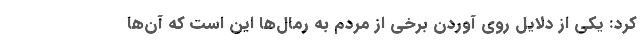
کرد: یکی از دلایل روی آوردن برخی از مردم به رمال‌ها این است که آن‌ها